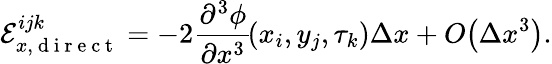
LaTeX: \mathcal{E}_{x,\mathrm{~d~i~r~e~c~t~}}^{ijk}=-2\frac{\partial^{3}\phi}{\partial x^{3}}\! \left(x_{i},y_{j},\tau_{k}\right)\Delta x+O\! \left(\Delta x^{3}\right).